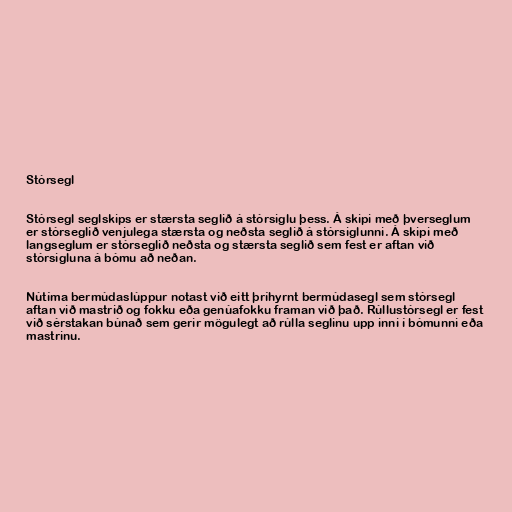
Stórsegl

Stórsegl seglskips er stærsta seglið á stórsiglu þess. Á skipi með þverseglum
er stórseglið venjulega stærsta og neðsta seglið á stórsiglunni. Á skipi með
langseglum er stórseglið neðsta og stærsta seglið sem fest er aftan við
stórsigluna á bómu að neðan.

Nútíma bermúdaslúppur notast við eitt þríhyrnt bermúdasegl sem stórsegl
aftan við mastrið og fokku eða genúafokku framan við það. Rúllustórsegl er fest
við sérstakan búnað sem gerir mögulegt að rúlla seglinu upp inni í bómunni eða
mastrinu.